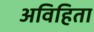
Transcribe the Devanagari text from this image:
अविहिता